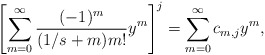
\begin{align*}\left[\sum_{m=0}^\infty\frac{(-1)^m}{(1/s+m)m!}y^m \right]^j=\sum_{m=0}^\infty c_{m,j} y^{m},\end{align*}